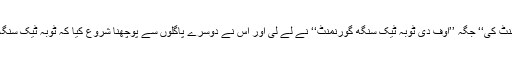
لیکن بعد میں ’’آف دی پاکستان گورنمنٹ کی‘‘ جگہ ’’اوف دی ٹوبہ ٹیک سنگھ گورنمنٹ‘‘ نے لے لی اور اس نے دوسرے پاگلوں سے پوچھنا شروع کیا کہ ٹوبہ ٹیک سنگھ کہاں ہے جہاں کا وہ رہنے والا ہے۔